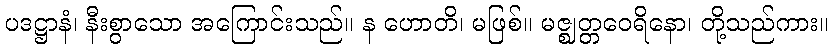
ပဒဋ္ဌာနံ၊ နီးစွာသော အကြောင်းသည်။ န ဟောတိ၊ မဖြစ်။ မဇ္ဈတ္တဝေရိနော၊ တို့သည်ကား။